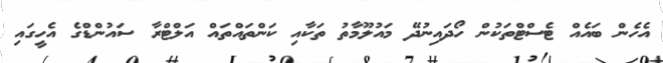
އެހެން ބައެއް ޓެސްޓްތަކުން ހޯދައިނުދޭ މައުލޫމާތު ތަކާއި ކަންތައްތައް އަލްޓްރާ ސައުންޑްގެ އެހީގައި